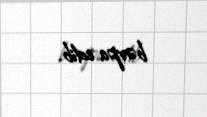
bərpa edib.